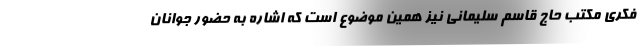
فکری مکتب حاج قاسم سلیمانی نیز همین موضوع است که اشاره به حضور جوانان